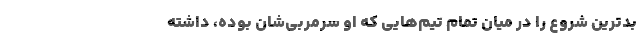
بدترین شروع را در میان تمام تیم‌هایی که او سرمربی‌شان بوده، داشته